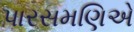
પારસમણિએ